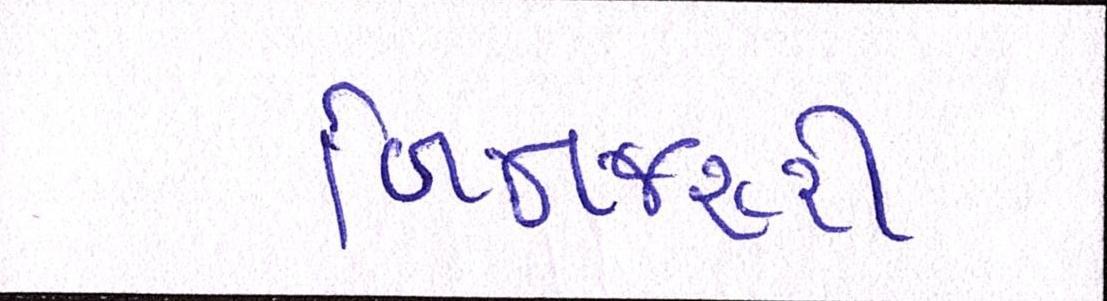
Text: બિનજરૂરી